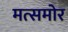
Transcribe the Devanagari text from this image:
मत्समोर